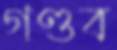
গণ্ডব